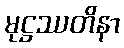
မုဋ္ဌဿတိနာ